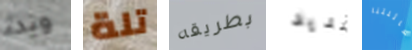
وبدء تلة بطريقه تمديد لعائلتنا